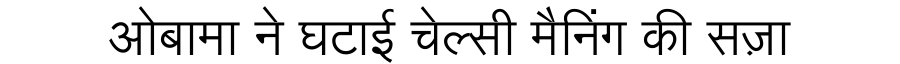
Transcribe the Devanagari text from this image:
ओबामा ने घटाई चेल्सी मैनिंग की सज़ा